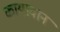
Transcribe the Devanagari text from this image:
कायावान